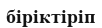
біріктіріп